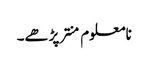
نامعلوم منتر پڑھے۔